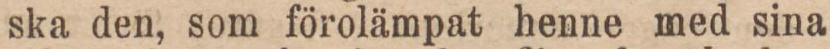
ska den, som förolämpat henne med sina